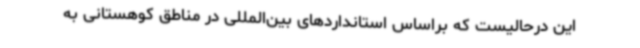
این درحالیست که براساس استانداردهای بین‌المللی در مناطق کوهستانی به